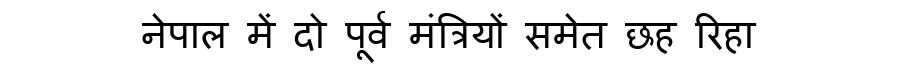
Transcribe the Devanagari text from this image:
नेपाल में दो पूर्व मंत्रियों समेत छह रिहा